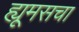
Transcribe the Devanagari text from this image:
ह्यूमसचा